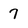
Character: 7